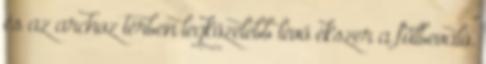
és az archoz térben legközelebb lévő ékszer a fülbevaló.